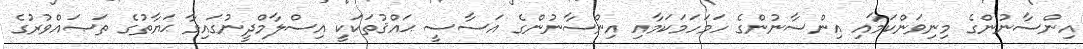
އިންސާނުންގެ މިނިވަންކަމާއި އިންސާނުންގެ ހަމަހަމަކަމާއި އިންސާނުންގެ އަސާސީ ޙައްޤުތަކަކީ އިސްލާމްދީނުގައިވާ ޙަޔާތުގެ ތަޞައްވުރުގެ